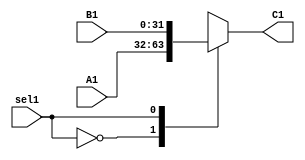
`timescale 1ns/1ns

module Mux_F (
    input [31:0]A1,
    input [31:0]B1,
    input sel1,
    output reg [31:0]C1
);

always @* 
begin
    case(sel1)
        1'b0: C1 = A1;

        1'b1: C1 = B1;
    endcase
end
endmodule